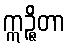
ဣဉ္ဇိတာ